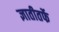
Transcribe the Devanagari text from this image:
ज्ञातीतर्फे